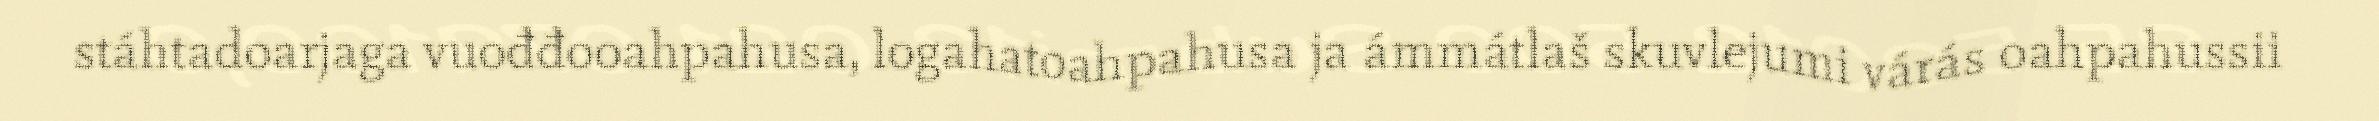
stáhtadoarjaga vuođđooahpahusa, logahatoahpahusa ja ámmátlaš skuvlejumi várás oahpahussii